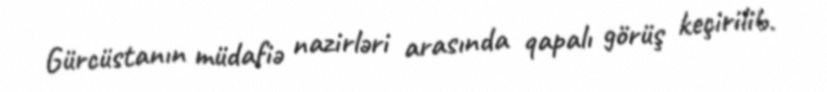
Gürcüstanın müdafiə nazirləri arasında qapalı görüş keçirilib.